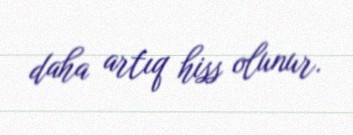
daha artıq hiss olunur.